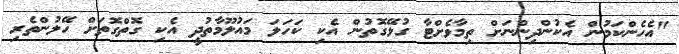
"އެހެންކަމުން އެކުންދިންނަށް ތިމާވެށްޓާ ގުޅޭގޮތުން އެކި ކަހަލަ މައުލޫމާތުދީ އެކި ގޮތްގޮތަށް ހޭލުންތެރި